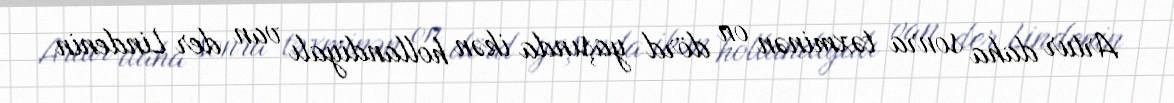
Artur daha sonra təxminən on dörd yaşında ikən hollandiyalı van der Lindenin